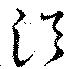
浴